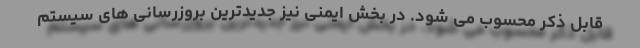
قابل ذکر محسوب می شود. در بخش ایمنی نیز جدیدترین بروزرسانی های سیستم